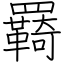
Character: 羇